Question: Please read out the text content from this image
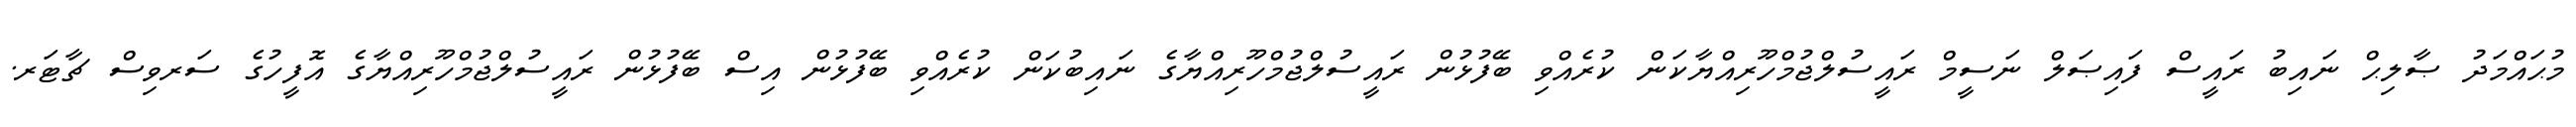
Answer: މުޙައްމަދު ޞާލިޙް ނައިބު ރައީސް ފައިޞަލް ނަސީމް ރައީސުލްޖުމްހޫރިއްޔާކަން ކުރެއްވި ބޭފުޅުން ރައީސުލްޖުމްހޫރިއްޔާގެ ނައިބުކަން ކުރެއްވި ބޭފުޅުން އިސް ބޭފުޅުން ރައީސުލްޖުމްހޫރިއްޔާގެ އޮފީހުގެ ސަރވިސް ޗާޓަރ.